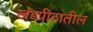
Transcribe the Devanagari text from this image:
खंडपीठातील